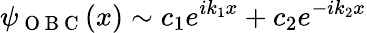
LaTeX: \psi_{\mathrm{~O~B~C~}}(x)\sim c_{1}e^{ik_{1}x}+c_{2}e^{-ik_{2}x}